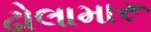
ઢોલામારૂ